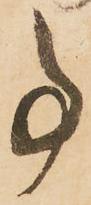
事